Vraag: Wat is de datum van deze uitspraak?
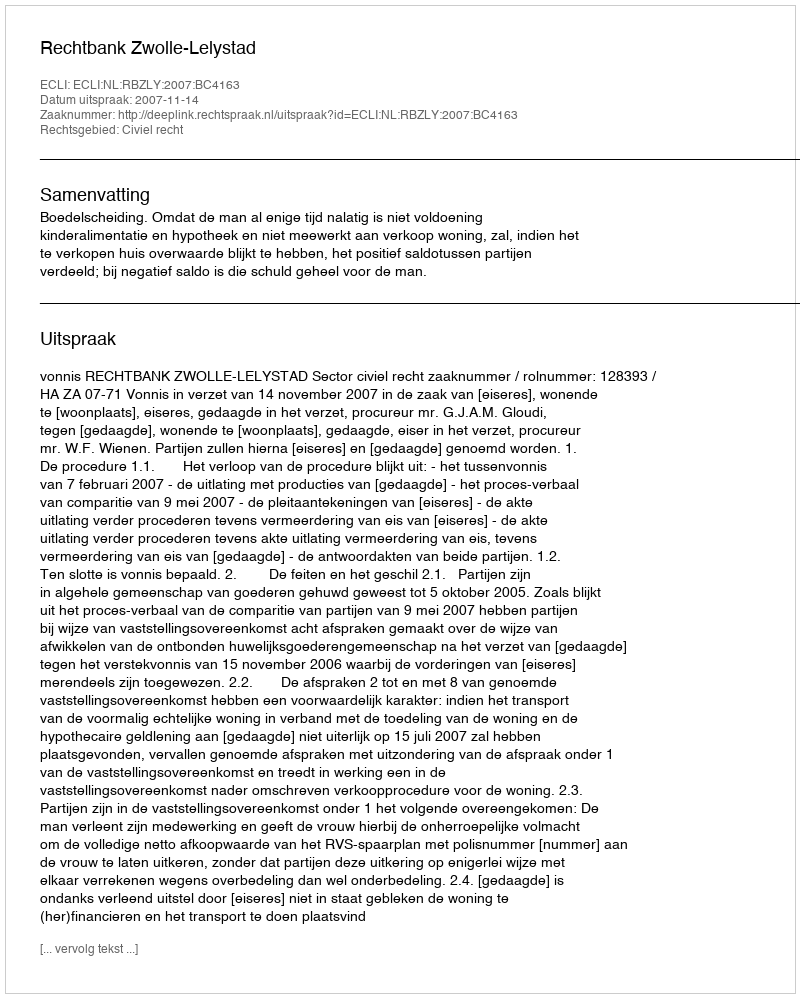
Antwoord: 2007-11-14